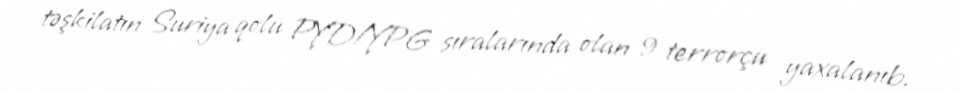
təşkilatın Suriya qolu PYD/YPG sıralarında olan 9 terrorçu yaxalanıb.